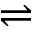
\rightleftharpoons